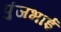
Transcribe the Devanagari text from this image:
पुंजभाई